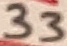
Text: 33